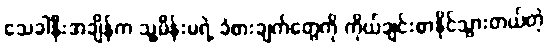
သေခါနီးအချိန်က သူ့မိန်းမရဲ့ ခံစားချက်တွေကို ကိုယ်ချင်းစာနိုင်သွားတယ်တဲ့